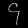
Digit: ၄